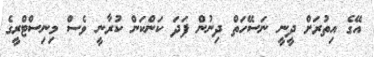
އޭގެ އިތުރަށް ދީނީ ނަސޭހަތް ދިނުން ފަދަ ކަންކަން ކުރާނީ ވެސް މިނިސްޓްރީގެ